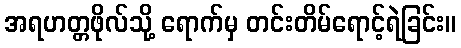
အရဟတ္တဖိုလ်သို့ ရောက်မှ တင်းတိမ်ရောင့်ရဲခြင်း။